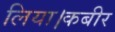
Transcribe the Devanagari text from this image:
लिया।कबीर